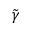
\tilde { \gamma }